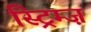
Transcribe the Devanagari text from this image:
स्ट्रिम्ज़